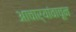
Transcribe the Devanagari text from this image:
आचार्यांवाचून